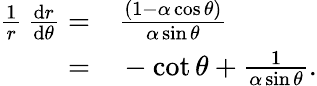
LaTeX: \begin{array}{rl}{\frac{1}{r}\, \frac{\mathrm{d}r}{\mathrm{d}\theta}=}&{{}\frac{(1-\alpha\cos\theta)}{\alpha\sin\theta}}\\ {=}&{{}-\cot\theta+\frac{1}{\alpha\sin\theta}.}\end{array}